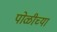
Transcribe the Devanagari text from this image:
पोळीच्या